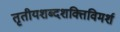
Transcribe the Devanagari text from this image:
तृतीयशब्दशक्तिविमर्श